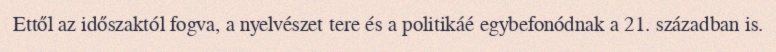
Ettől az időszaktól fogva, a nyelvészet tere és a politikáé egybefonódnak a 21. században is.